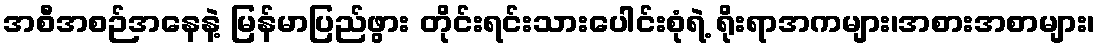
အစီအစဉ်အနေနဲ့ မြန်မာပြည်ဖွား တိုင်းရင်းသားပေါင်းစုံရဲ့ ရိုးရာအကများ၊အစားအစာများ၊